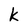
Character: k